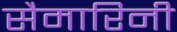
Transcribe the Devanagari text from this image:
सैमारिनी